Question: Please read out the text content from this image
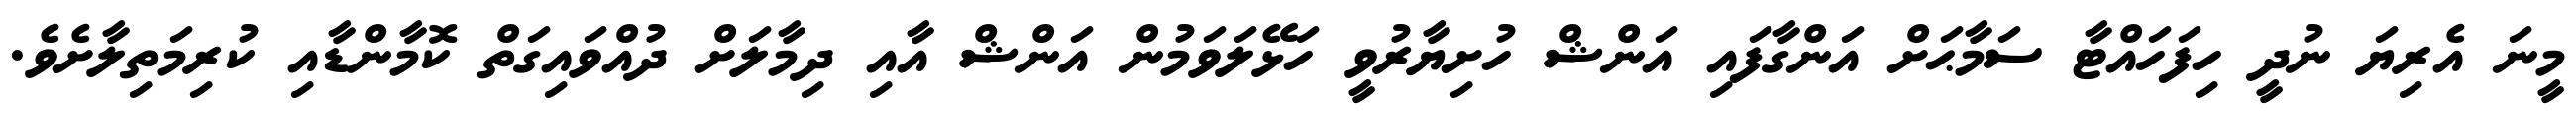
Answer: މީނަ އެރިޔަ ނުދީ ހިފަހައްޓާ ސަމާޙަށް އަންގާފައި އަންޝް ހުށިޔާރުވީ ހަޅޭލަވަމުން އަންޝް އާއި ދިމާލަށް ދުއްވައިގަތް ކޮމާންޑާއި ކުރިމަތިލާށެވެ.